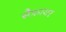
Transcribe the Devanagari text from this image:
सैफ़ायर